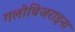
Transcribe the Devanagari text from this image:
गलोबिजराइना